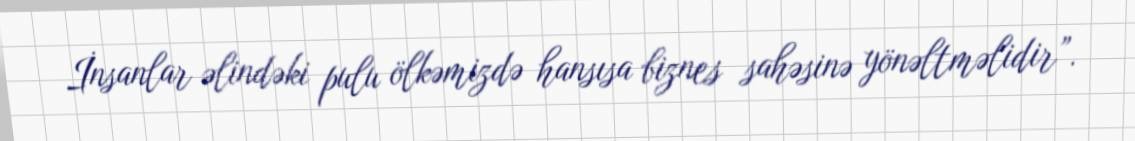
İnsanlar əlindəki pulu ölkəmizdə hansısa biznes sahəsinə yönəltməlidir”.